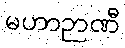
မဟာဉာဏီ